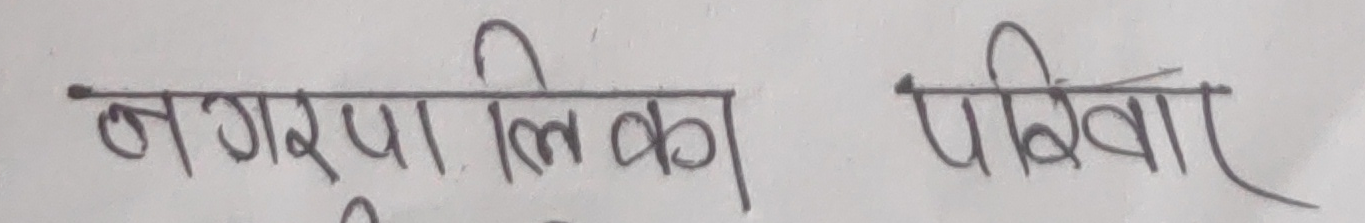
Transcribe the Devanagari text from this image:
नगरपालिका परिवार